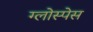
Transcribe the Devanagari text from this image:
ग्लोस्पेस